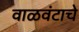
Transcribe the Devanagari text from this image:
वाळवंटाचे